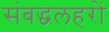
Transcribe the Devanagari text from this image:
संबद्धलहरों